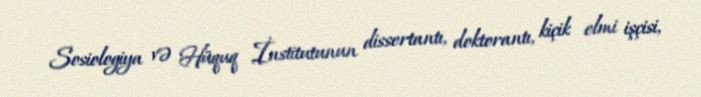
Sosiologiya və Hüquq İnstitutunun dissertantı, doktorantı, kiçik elmi işçisi,